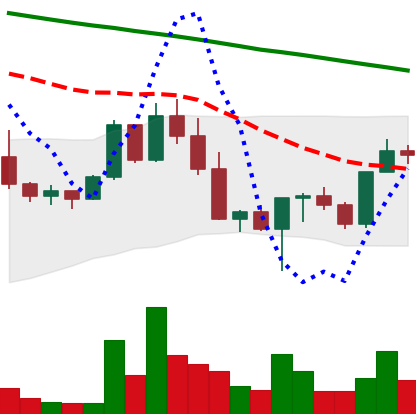
Ticker: NEO-USD
Chart end date: 2022-03-02
Forward return: -14.886%
Label: down_7plus